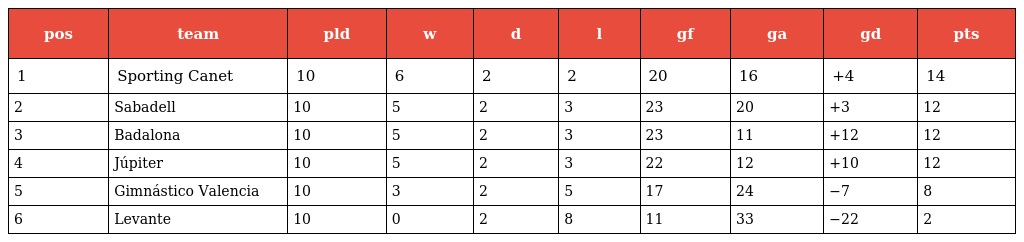
| pos | team | pld | w | d | l | gf | ga | gd | pts |
 | --- | --- | --- | --- | --- | --- | --- | --- | --- | --- |
 | 1 | Sporting Canet | 10 | 6 | 2 | 2 | 20 | 16 | +4 | 14 |
 | 2 | Sabadell | 10 | 5 | 2 | 3 | 23 | 20 | +3 | 12 |
 | 3 | Badalona | 10 | 5 | 2 | 3 | 23 | 11 | +12 | 12 |
 | 4 | Júpiter | 10 | 5 | 2 | 3 | 22 | 12 | +10 | 12 |
 | 5 | Gimnástico Valencia | 10 | 3 | 2 | 5 | 17 | 24 | −7 | 8 |
 | 6 | Levante | 10 | 0 | 2 | 8 | 11 | 33 | −22 | 2 |